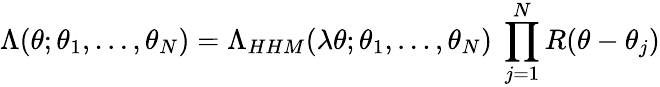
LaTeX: \Lambda(\theta;\theta_{1},\ldots,\theta_{N})=\Lambda_{HHM}(\lambda\theta;\theta_{1},\ldots,\theta_{N})\ \prod_{j=1}^{N}R(\theta-\theta_{j})